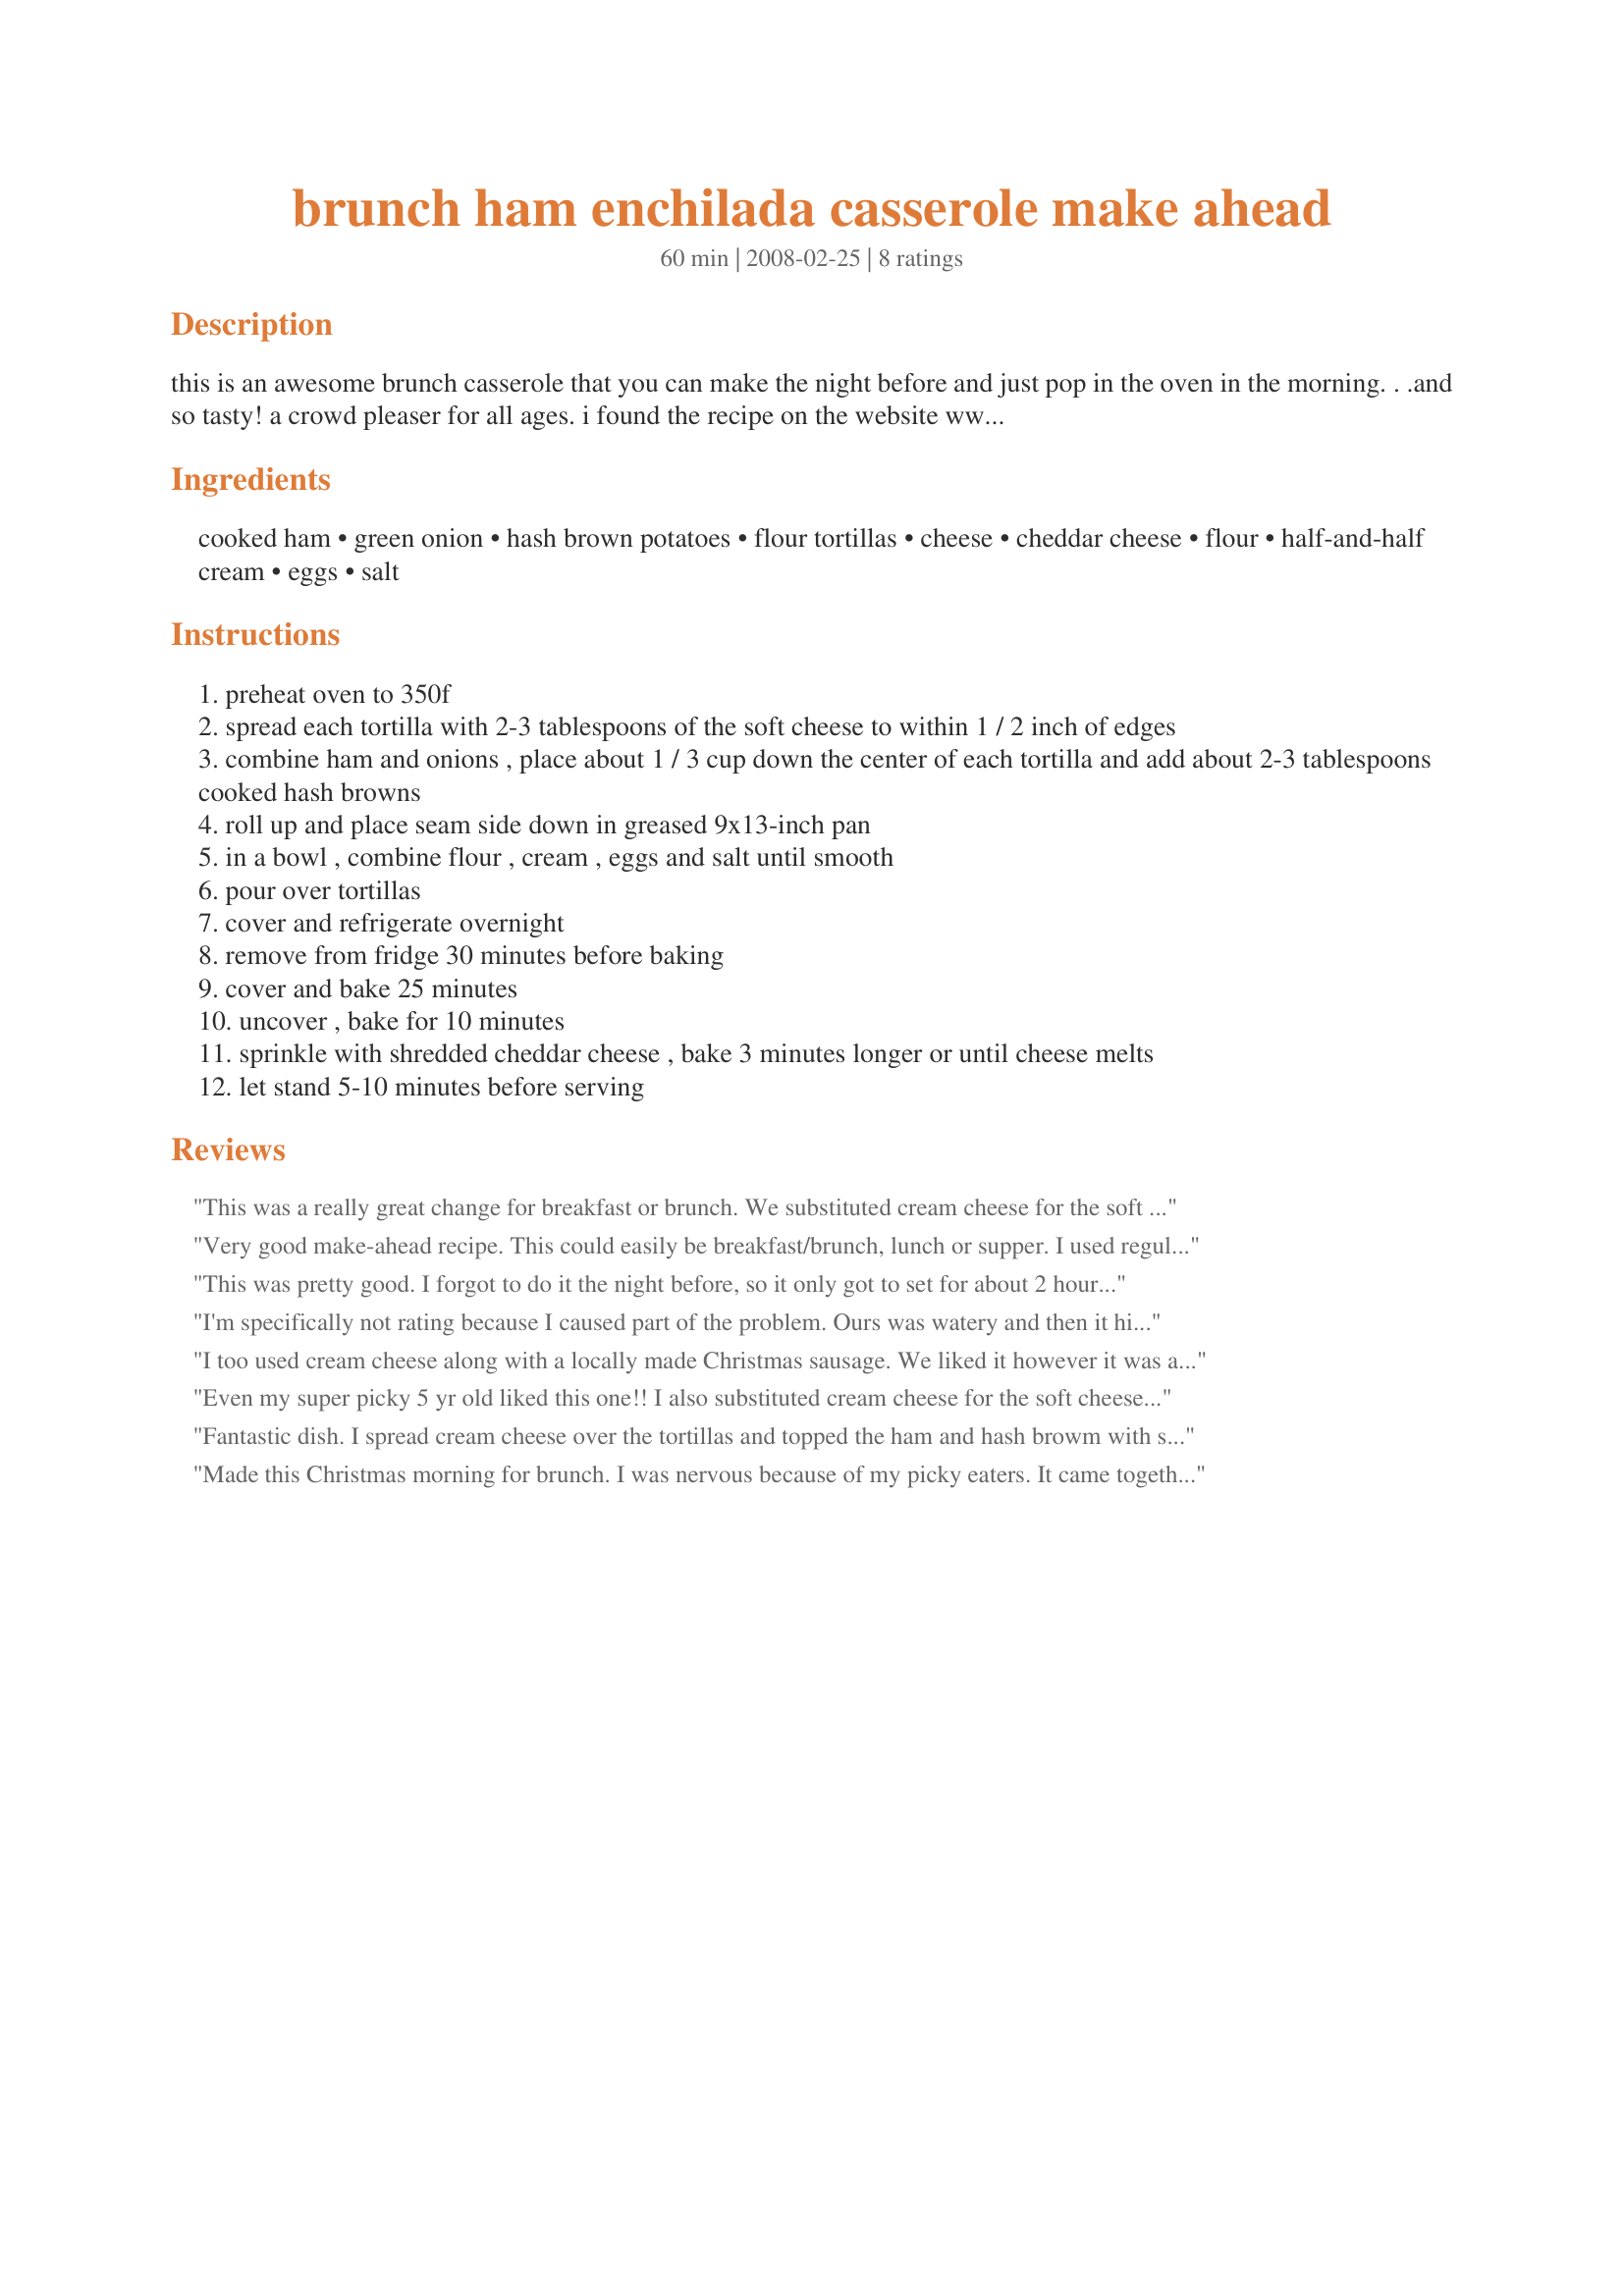
brunch ham enchilada casserole make ahead
Preparation time: 60 minutes

this is an awesome brunch casserole that you can make the night before and just pop in the oven in the morning. . .and so tasty! a crowd pleaser for all ages. i found the recipe on the website www.rondele.com (they are the maker of the cheese)

Ingredients:
cooked ham, green onion, hash brown potatoes, flour tortillas, cheese, cheddar cheese, flour, half-and-half cream, eggs, salt

Steps:
preheat oven to 350f
spread each tortilla with 2-3 tablespoons of the soft cheese to within 1 / 2 inch of edges
combine ham and onions , place about 1 / 3 cup down the center of each tortilla and add about 2-3 tablespoons cooked hash browns
roll up and place seam side down in greased 9x13-inch pan
in a bowl , combine flour , cream , eggs and salt until smooth
pour over tortillas
cover and refrigerate overnight
remove from fridge 30 minutes before baking
cover and bake 25 minutes
uncover , bake for 10 minutes
sprinkle with shredded cheddar cheese , bake 3 minutes longer or until cheese melts
let stand 5-10 minutes before serving

Reviews:
This was a really great change for breakfast or brunch. We substituted cream cheese for the soft cheese spread. Thanks for a great recipie
Very good make-ahead recipe. This could easily be breakfast/brunch, lunch or supper. I used regular sharp cheese (not a spread) in the filling and used fat free half and half. We enjoyed this, but thought it was a little bland. I'd maybe try some dry mustard powder in the milk/egg mixture next time or add something else to the filling. Thanx for posting this unique recipe!
This was pretty good. I forgot to do it the night before, so it only got to set for about 2 hours. But, everyone still enjoyed it.
I'm specifically not rating because I caused part of the problem. Ours was watery and then it hit me I made fresh hashbrowns which probably have more water to cook down than frozen. Secondly, we found it too bland and I even added a little spice. Next time I'll add a can of chopped green chilies or place salsa on top of each serving. Probably a Texan thing, too close to the border and we like our spicey foods.
I too used cream cheese along with a locally made Christmas sausage. We liked it however it was a bit on the bland side, but when we added a mango salsa on the side it made all the difference in the world. Will make this again and try with spicier cheese.
Even my super picky 5 yr old liked this one!! I also substituted cream cheese for the soft cheese and monterey jack for the cheddar because that's what I had on hand. I really liked it, thanks!
Fantastic dish.
I spread cream cheese over the tortillas and topped the ham and hash browm with slices of camembert cheese.
I also made it in my NuWave Oven and the times were the same as in a regular oven
Made this Christmas morning for brunch. I was nervous because of my picky eaters. It came together and baked quickly. I used cream cheese on the flour tortillas, and slices of honey ham. I left out the onions and made a stir fry of onions and peppers to serve with it. Everyone enjoyed it, and I would definitely make it again.
